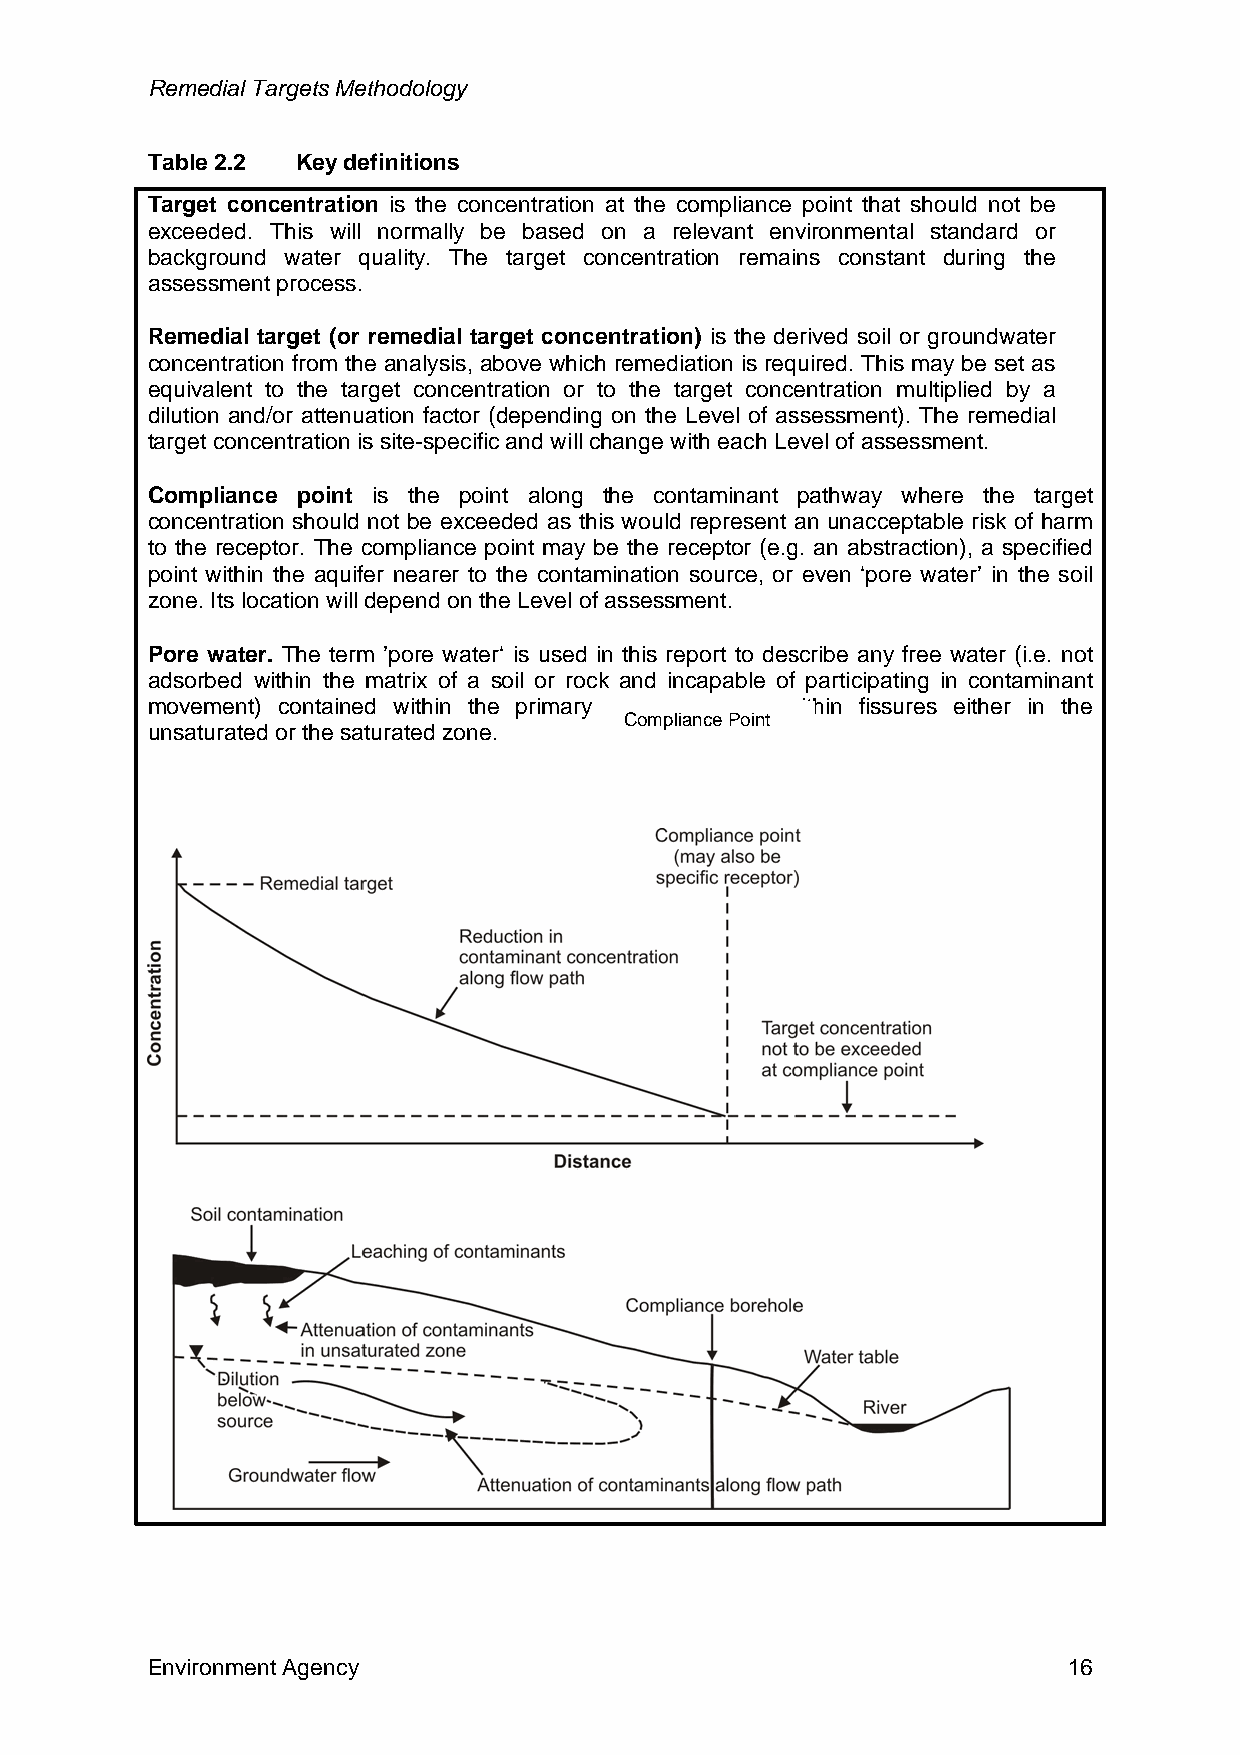
Remedial Targets Methodology
 Table 2.2 Key definitions
 Target concentration is the concentration at the compliance point that should not be
 exceeded. This will normally be based on a relevant environmental standard or
 background water quality. The target concentration remains constant during the
 assessment process.
 Remedial target (or remedial target concentration) is the derived soil or groundwater
 concentration from the analysis, above which remediation is required. This may be set as
 equivalent to the target concentration or to the target concentration multiplied by a
 dilution and/or attenuation factor (depending on the Level of assessment). The remedial
 target concentration is site-specific and will change with each Level of assessment.
 Compliance point is the point along the contaminant pathway where the target
 concentration should not be exceeded as this would represent an unacceptable risk of harm
 to the receptor. The compliance point may be the receptor (e.g. an abstraction), a specified
 point within the aquifer nearer to the contamination source, or even ‘pore water’ in the soil
 zone. Its location will depend on the Level of assessment.
 Pore water. The term ’pore water‘ is used in this report to describe any free water (i.e. not
 adsorbed within the matrix of a soil or rock and incapable of participating in contaminant
 movement) contained within the primary pore space or within fissures either in the
 Compliance Point
 unsaturated or the saturated zone.
 Environment Agency                                           16